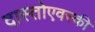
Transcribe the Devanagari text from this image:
दास्तोएवस्की